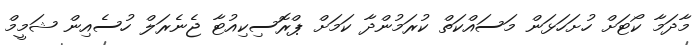
މާދަމާ ކޯޓަށް ހުށަހަޅަން މަސައްކަތް ކުރަމުންދާ ކަމަށް ޕްރޮސިކިއުޓާ ޖެނެރަލް ހުސެއިން ޝަމީމް